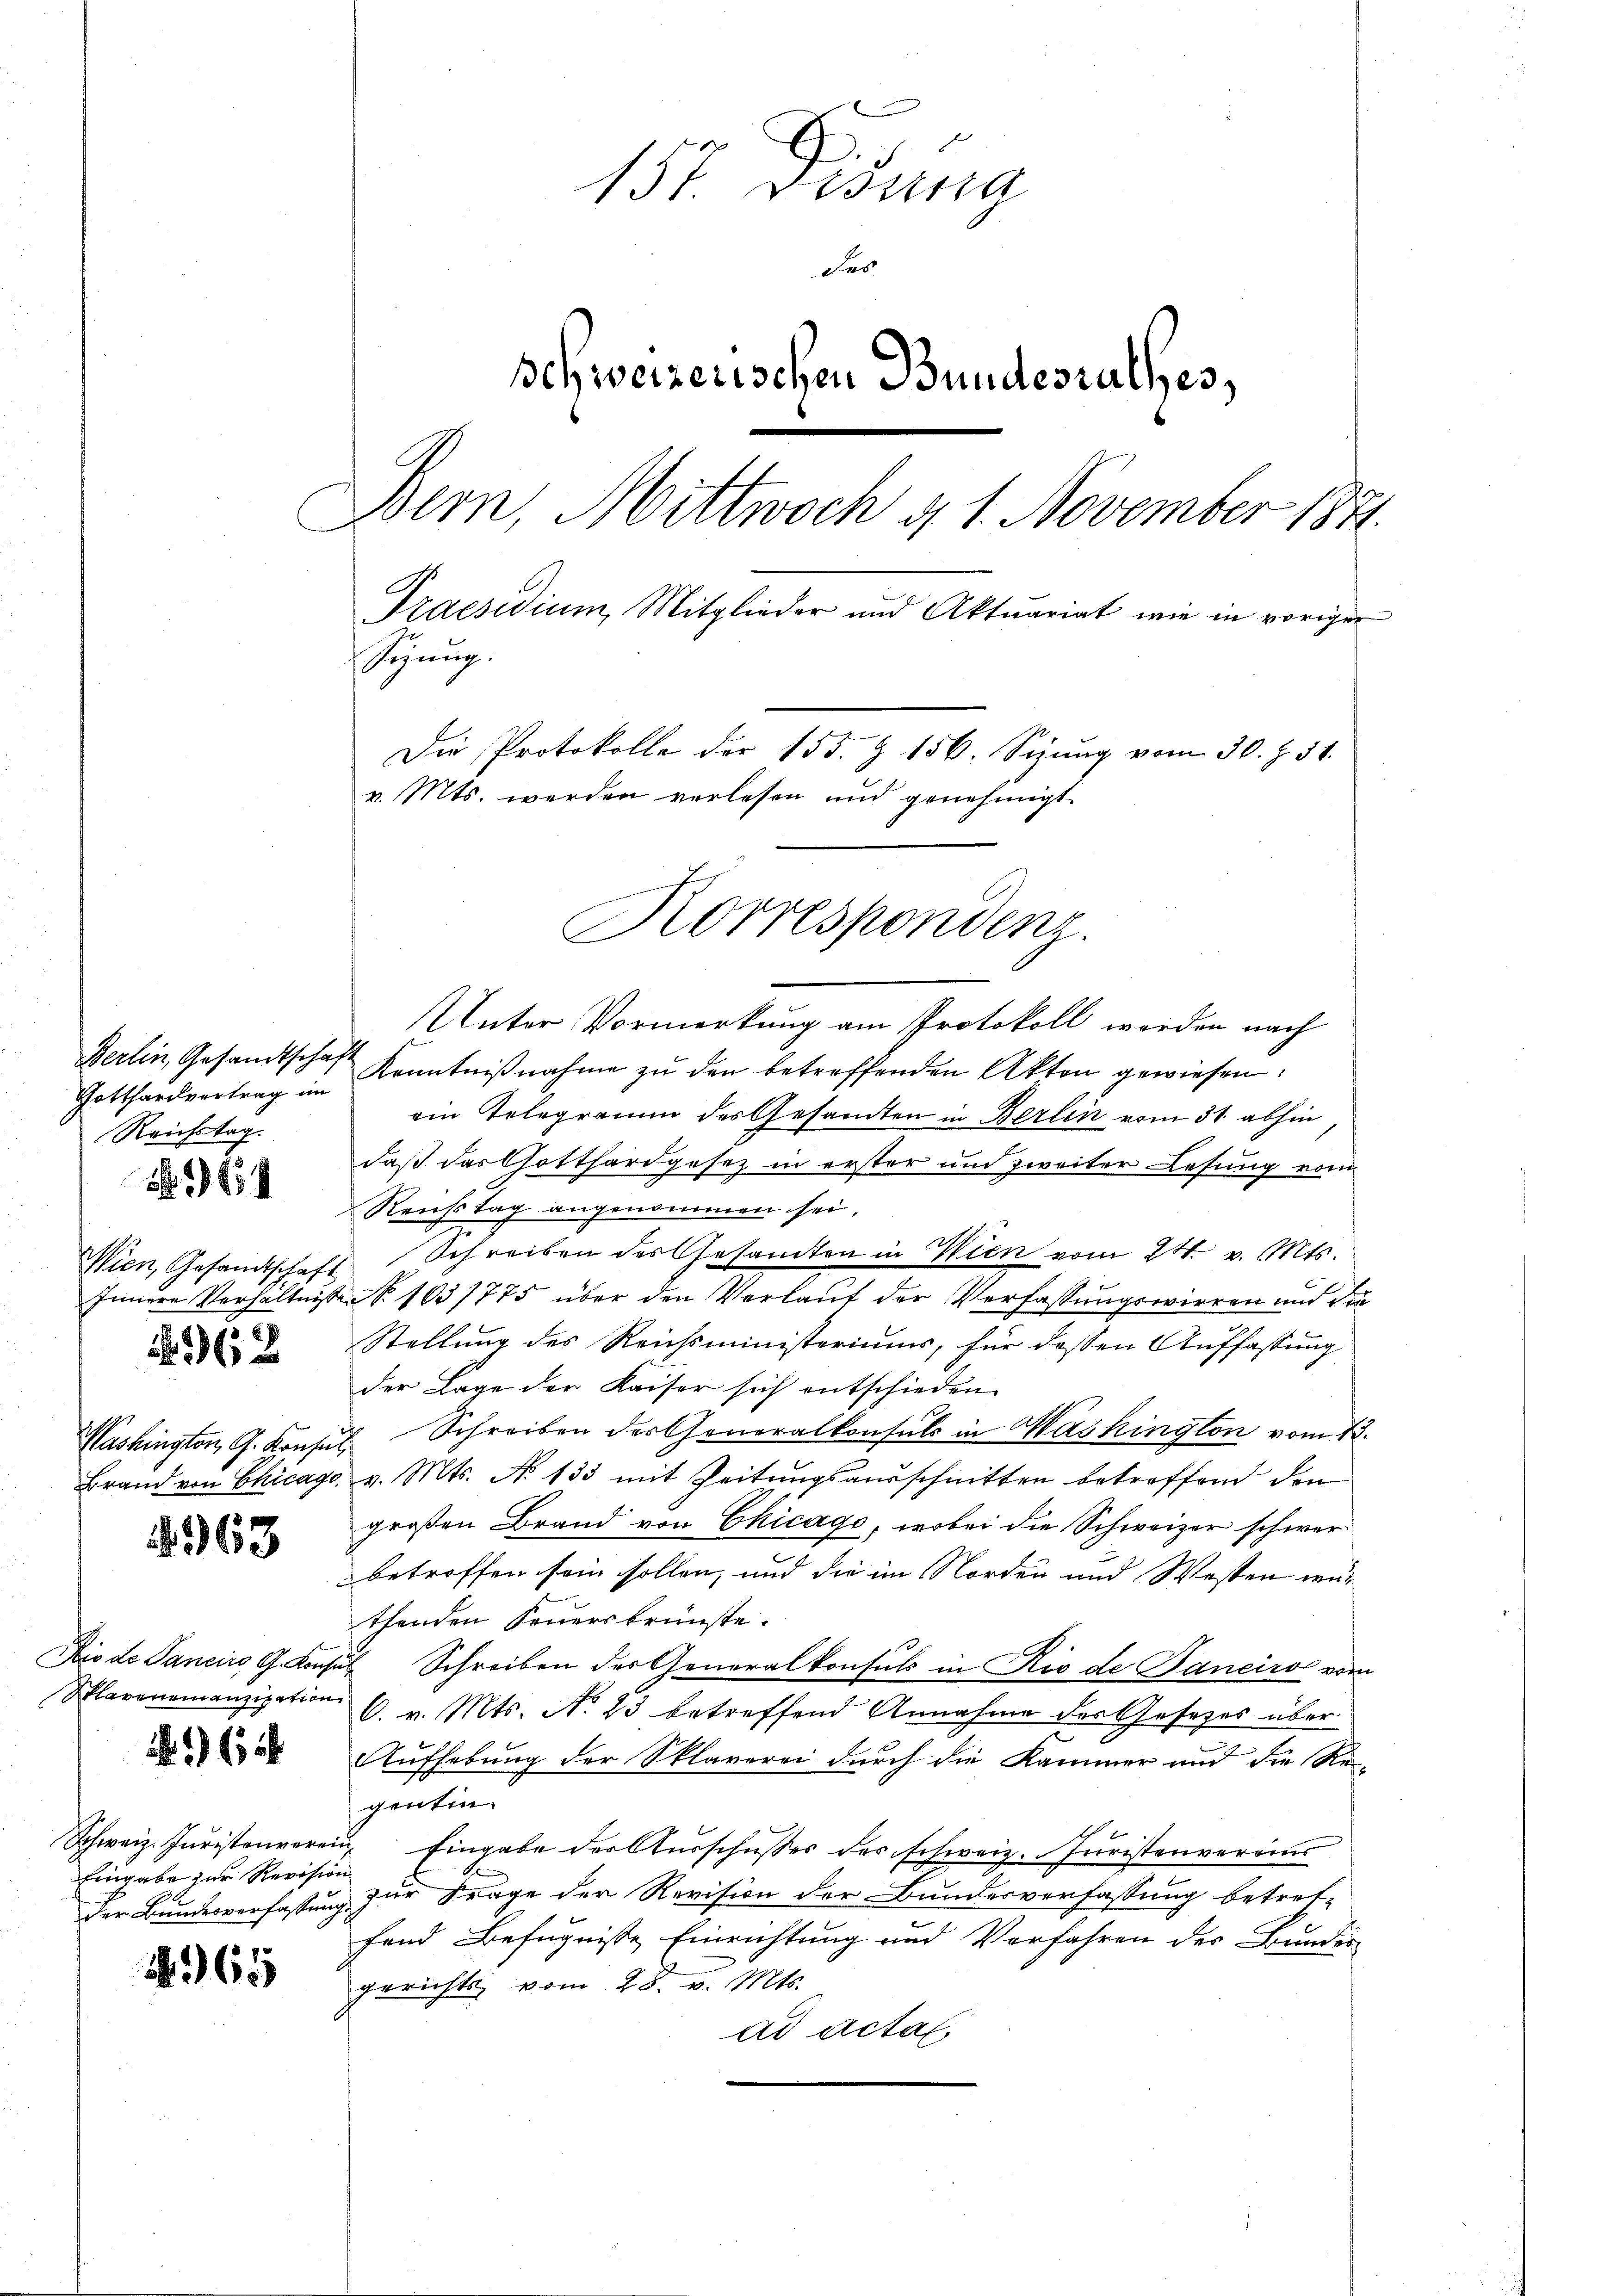
Gotthardvertrag im
Reichstag.
Wien, Gesandtschaft
62

S. 1654

4368

Slaveneinanzipation

1)

Eingabe zur Revision

165

157. Didung
Fas
Schweizerischen Bundesrathes,
Bern, Mittwoch g 1. November 1871
g
Praesidium, Mitglieder und Aktuariat wie in voriger
Siung.
Die Protokolle der 155. Z. 156. Sizŭng vom 30. Z. 51.
v. Mts. werden verlesen und genehmigt.

Korrespondenz.

Unter Vormerkung am Protokoll werden nach
Berlin, Gesandtschaft Kenntniβnahme zu den betreffenden Akten gewiesen:
ein Telegramm des Gesandten in Berlin vom 31. abhin
daß das Gotthardgesez in erster und zweiter Lesung vom
Reichstag angenommen sei.
Schreiben des Gesamten in Wien vom 24. v. Mts.
Innere Verhältnissen No. 1631775 über den Verlauf der Verfassungswirren und die
Stellung des Reichsministeriums, für dessen Auffassung
der Lage der Kaiser sich entschieden
Washington G. Konsul Schreiben des Generalkonsuls in Mashington vom 13.
Brand von Chicago v. Mts. No 133 mit Zeitungsausschnitten betreffend den
großen Brand von Chicago, wobei die Schweizer schwerbetroffen sein sollen, und die im Norden und Westen würthenden Feuersbrünste.
Dio de Sancirs G. Konsul Schreiben der Generalkonsuls in Rio de Bancirol vom
C. v. Mts. No 23 betreffend Annahme der Gesetzes über
Aufhebung der Sklaverei durch die Kammer und die Re
gontin.
Schweiz. Juristenverein Eingabe der Ausschusser der schweiz. Juristenvereins
der Bundesverfassung zur Frage der Revision der Bundesverfassung betretfend Befugnisse Einrichtung und Verfahren des Bundes
gerichts vom 28. v. Mts.
ad actal